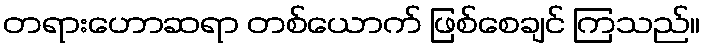
တရားဟောဆရာ တစ်ယောက် ဖြစ်စေချင် ကြသည်။